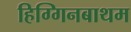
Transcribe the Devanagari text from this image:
हिग्गिनबाथम